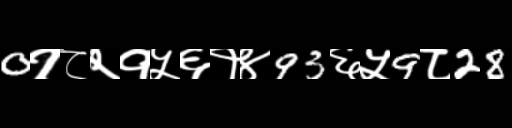
Text: 0१८२१५६१४93६५9८28